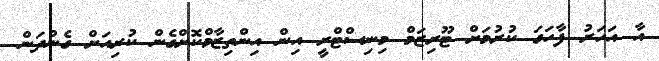
އާ އަހަރު ފާހަގަ ކުރުމަށް ޓޫރިޒަމް މިނިސްޓްރީ އިން އިންތިޒާމްކޮށްގެން ކުރިއަށް ގެންދަން